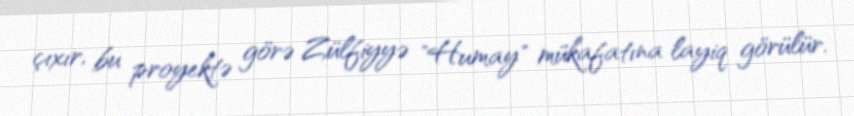
çıxır, bu proyektə görə Zülfiyyə "Humay" mükafatına layiq görülür.